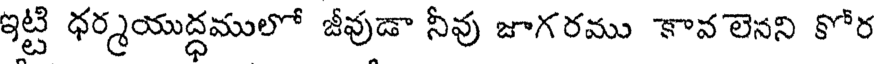
ఇట్టి ధర్మయుద్ధములో జీవుడా నీవు జాగరము కావ లెనని కోర